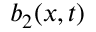
b _ { 2 } ( x , t )